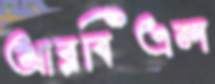
আরবিএল